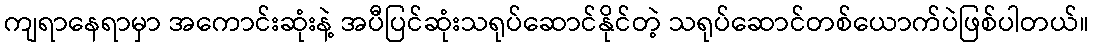
ကျရာနေရာမှာ အကောင်းဆုံးနဲ့ အပီပြင်ဆုံးသရုပ်ဆောင်နိုင်တဲ့ သရုပ်ဆောင်တစ်ယောက်ပဲဖြစ်ပါတယ်။